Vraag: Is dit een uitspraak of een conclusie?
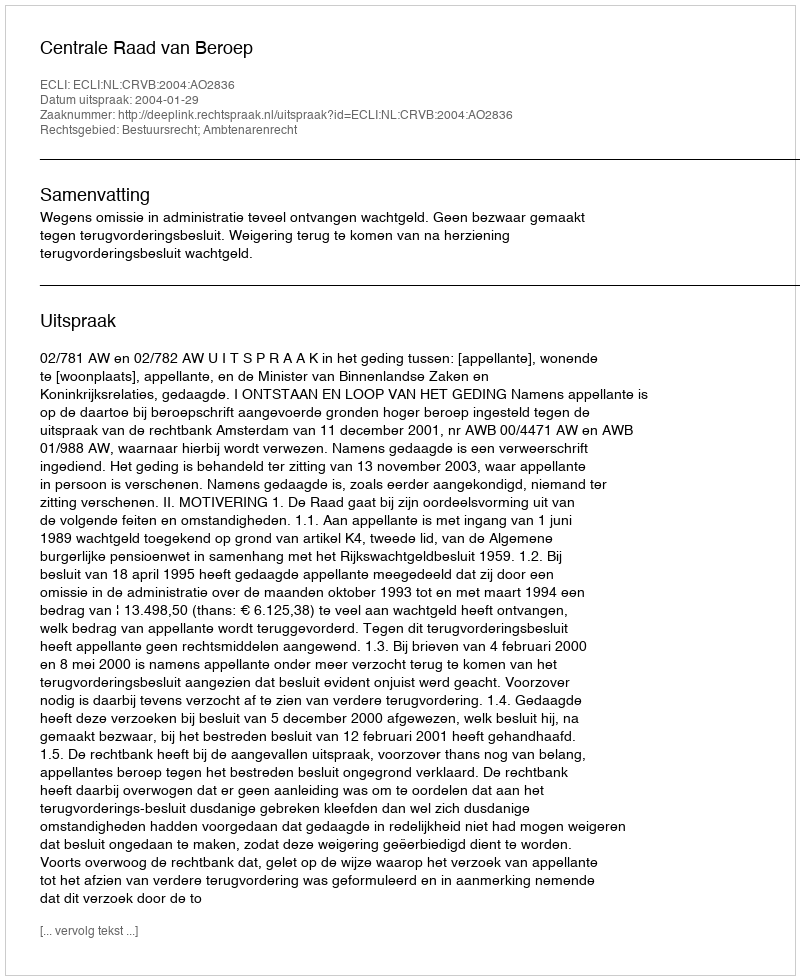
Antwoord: Uitspraak